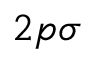
2 p \sigma